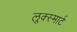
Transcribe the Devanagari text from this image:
लूक्स्मार्ट